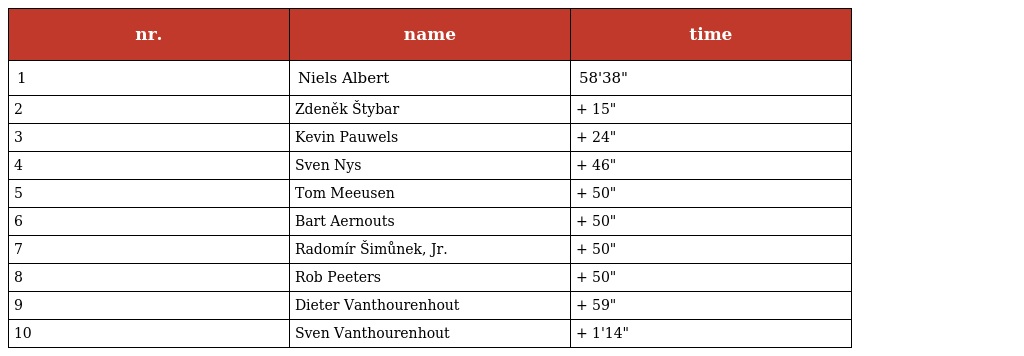
| nr. | name | time |
 | --- | --- | --- |
 | 1 | Niels Albert | 58'38" |
 | 2 | Zdeněk Štybar | + 15" |
 | 3 | Kevin Pauwels | + 24" |
 | 4 | Sven Nys | + 46" |
 | 5 | Tom Meeusen | + 50" |
 | 6 | Bart Aernouts | + 50" |
 | 7 | Radomír Šimůnek, Jr. | + 50" |
 | 8 | Rob Peeters | + 50" |
 | 9 | Dieter Vanthourenhout | + 59" |
 | 10 | Sven Vanthourenhout | + 1'14" |